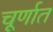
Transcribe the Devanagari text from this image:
चूर्णात